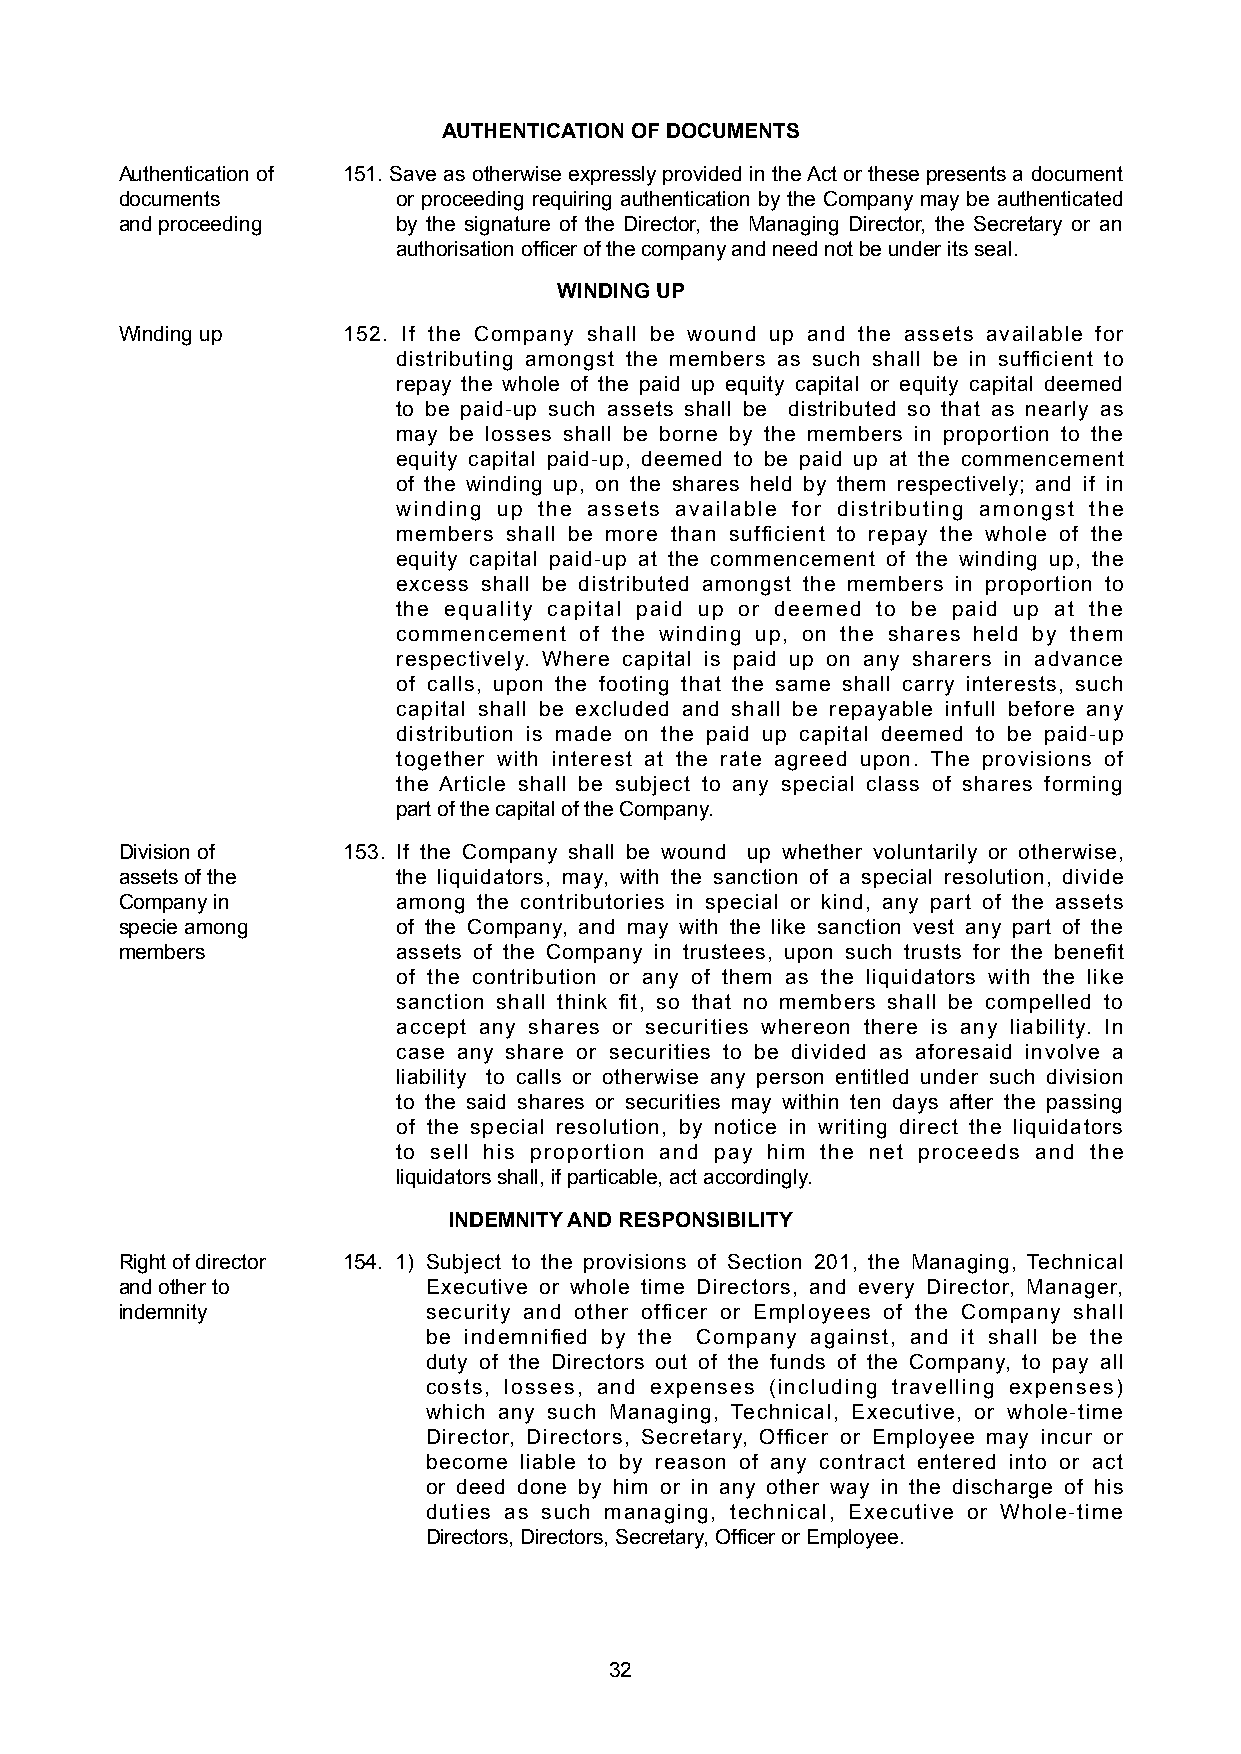
AUTHENTICATION OF DOCUMENTS
 Authentication of 151. Save as otherwise expressly provided in the Act or these presents a document
 documents         or proceeding requiring authentication by the Company may be authenticated
 and proceeding    by the signature of the Director, the Managing Director, the Secretary or an
 authorisation officer of the company and need not be under its seal.
 WINDING UP
 Winding up     152. If the Company shall be wound up and the assets available for
 distributing amongst the members as such shall be in sufficient to
 repay the whole of the paid up equity capital or equity capital deemed
 to be paid-up such assets shall be distributed so that as nearly as
 may be losses shall be borne by the members in proportion to the
 equity capital paid-up, deemed to be paid up at the commencement
 of the winding up, on the shares held by them respectively; and if in
 winding up the assets available for distributing amongst the
 members shall be more than sufficient to repay the whole of the
 equity capital paid-up at the commencement of the winding up, the
 excess shall be distributed amongst the members in proportion to
 the equality capital paid up or deemed to be paid up at the
 commencement of the winding up, on the shares held by them
 respectively. Where capital is paid up on any sharers in advance
 of calls, upon the footing that the same shall carry interests, such
 capital shall be excluded and shall be repayable infull before any
 distribution is made on the paid up capital deemed to be paid-up
 together with interest at the rate agreed upon. The provisions of
 the Article shall be subject to any special class of shares forming
 part of the capital of the Company.
 Division of    153. If the Company shall be wound up whether voluntarily or otherwise,
 assets of the     the liquidators, may, with the sanction of a special resolution, divide
 Company in        among the contributories in special or kind, any part of the assets
 specie among      of the Company, and may with the like sanction vest any part of the
 members           assets of the Company in trustees, upon such trusts for the benefit
 of the contribution or any of them as the liquidators with the like
 sanction shall think fit, so that no members shall be compelled to
 accept any shares or securities whereon there is any liability. In
 case any share or securities to be divided as aforesaid involve a
 liability to calls or otherwise any person entitled under such division
 to the said shares or securities may within ten days after the passing
 of the special resolution, by notice in writing direct the liquidators
 to sell his proportion and pay him the net proceeds and the
 liquidators shall, if particable, act accordingly.
 INDEMNITY AND RESPONSIBILITY
 Right of director 154. 1) Subject to the provisions of Section 201, the Managing, Technical
 and other to        Executive or whole time Directors, and every Director, Manager,
 indemnity           security and other officer or Employees of the Company shall
 be indemnified by the Company against, and it shall be the
 duty of the Directors out of the funds of the Company, to pay all
 costs, losses, and expenses (including travelling expenses)
 which any such Managing, Technical, Executive, or whole-time
 Director, Directors, Secretary, Officer or Employee may incur or
 become liable to by reason of any contract entered into or act
 or deed done by him or in any other way in the discharge of his
 duties as such managing, technical, Executive or Whole-time
 Directors, Directors, Secretary, Officer or Employee.
 32